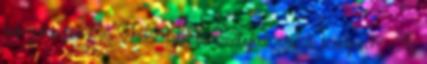
linkeljek képeket az F-22 sarki körülményket vizsgáló tesztjeiről? Az